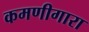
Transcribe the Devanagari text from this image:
कमणीगारा